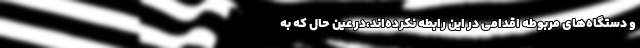
و دستگاه‌های مربوطه اقدامی در این رابطه نکرده‌اند،در عین حال که به